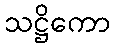
သဋ္ဌိကော